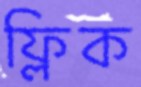
ফ্লিক